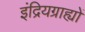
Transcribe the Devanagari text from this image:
इंद्रियग्राह्यों